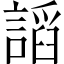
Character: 謟